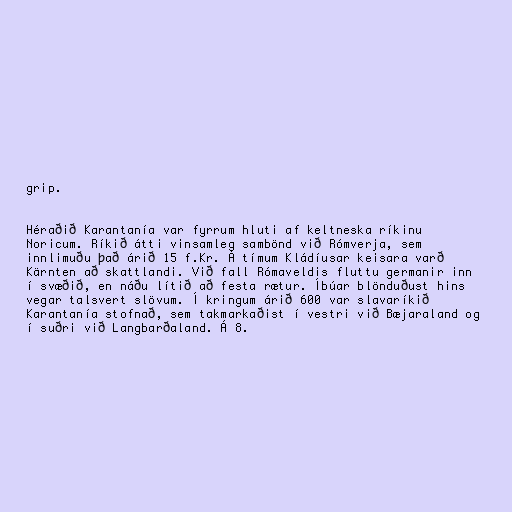
grip.

Héraðið Karantanía var fyrrum hluti af keltneska ríkinu
Noricum. Ríkið átti vinsamleg sambönd við Rómverja, sem
innlimuðu það árið 15 f.Kr. Á tímum Kládíusar keisara varð
Kärnten að skattlandi. Við fall Rómaveldis fluttu germanir inn
í svæðið, en náðu lítið að festa rætur. Íbúar blönduðust hins
vegar talsvert slövum. Í kringum árið 600 var slavaríkið
Karantanía stofnað, sem takmarkaðist í vestri við Bæjaraland og
í suðri við Langbarðaland. Á 8.